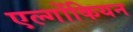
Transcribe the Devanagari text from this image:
एल्गोंकियन